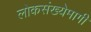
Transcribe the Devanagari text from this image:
लोकसंख्येमागी